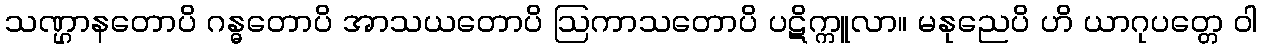
သဏ္ဌာနတောပိ ဂန္ဓတောပိ အာသယတောပိ ဩကာသတောပိ ပဋိက္ကူလာ။ မနုညေပိ ဟိ ယာဂုပတ္တေ ဝါ